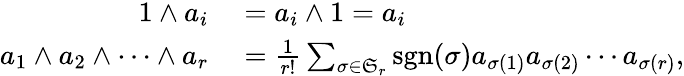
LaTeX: \begin{array}{rl}{1\wedge a_{i}}&{{}=a_{i}\wedge 1=a_{i}}\\ {a_{1}\wedge a_{2}\wedge\cdots\wedge a_{r}}&{{}={\frac{1}{r!}}\sum_{\sigma\in{\mathfrak{S}}_{r}}\operatorname{sgn}(\sigma)a_{\sigma(1)}a_{\sigma(2)}\cdots a_{\sigma(r)},}\end{array}